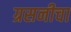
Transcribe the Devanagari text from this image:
ग्रसनीचा